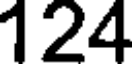
124